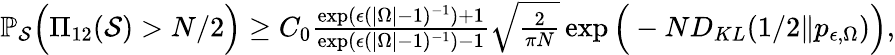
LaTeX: \begin{array}{r}{\mathbb{P}_{\mathcal{S}}\Big(\Pi_{12}(\mathcal{S})>N/2\Big)\geq C_{0}\frac{\exp(\epsilon(|\Omega|-1)^{-1})+1}{\exp(\epsilon(|\Omega|-1)^{-1})-1}\sqrt{\frac{2}{\pi N}}\exp\Big(-ND_{KL}(1/2\Vert p_{\epsilon,\Omega})\Big),}\end{array}